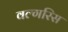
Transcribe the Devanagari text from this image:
वल्गरिस